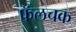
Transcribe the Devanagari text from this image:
फॅलचक